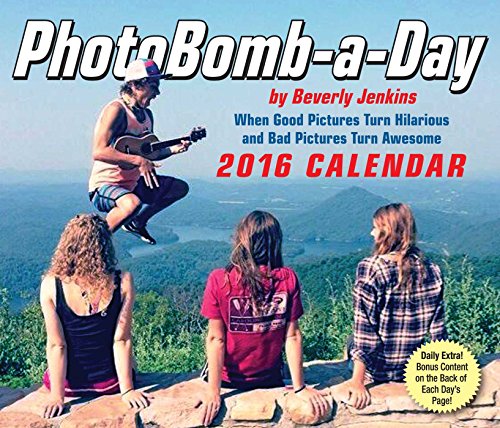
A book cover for PhotoBomb-a-Day 2016 Calendar; Beverly Jenkins; Humor & Entertainment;